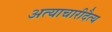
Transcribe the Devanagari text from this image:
अत्याचारीदैत्य